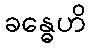
ခန္ဓေဟိ